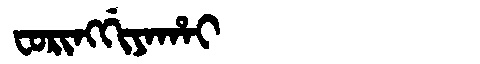
Manchu: ᠸᠣᡵᡳᠩᡤᡳᠶᠠᡥᠠᡳ
Romanization: FORINGGIYAHAI